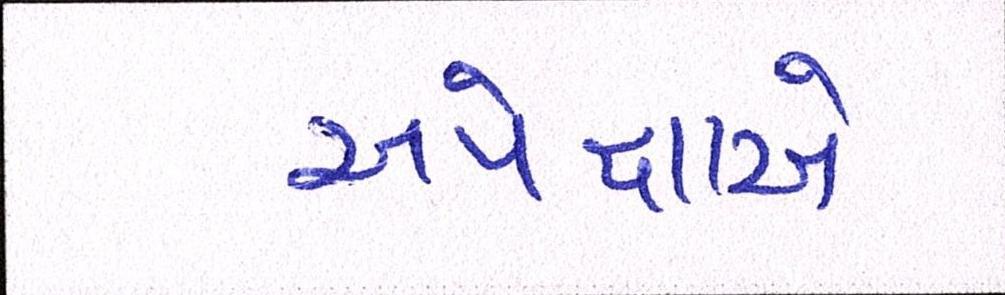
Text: અપેક્ષાએ